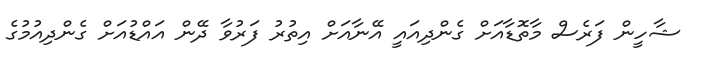
ޝާހީން ފަރެސް މާތޮޑާއަށް ގެންދިއައީ އޭނާއަށް އިތުރު ފަރުވާ ދޭން އައްޑުއަށް ގެންދިއުމުގެ